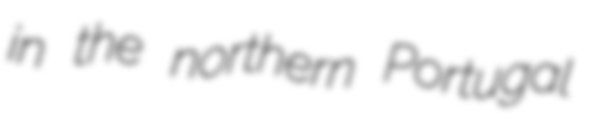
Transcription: in the northern Portugal